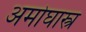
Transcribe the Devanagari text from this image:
अमोघास्त्र